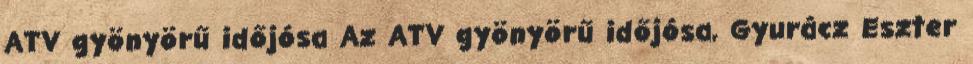
ATV gyönyörű időjósa Az ATV gyö­nyörű idő­jósa, Gyu­rácz Esz­ter